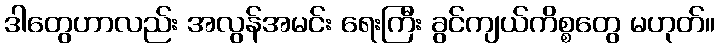
ဒါတွေဟာလည်း အလွန်အမင်း ရေးကြီး ခွင်ကျယ်ကိစ္စတွေ မဟုတ်။